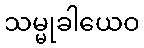
သမ္မုခါယေဝ